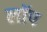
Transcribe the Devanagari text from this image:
लॉप